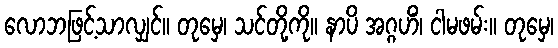
လောဘဖြင့်သာလျှင်။ တုမှေ၊ သင်တို့ကို။ နာပိ အဂ္ဂဟိံ၊ ငါမဖမ်း။ တုမှေ၊